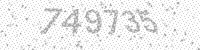
Solution: 749735